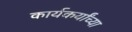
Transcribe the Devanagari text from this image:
कार्यकर्यांच्या